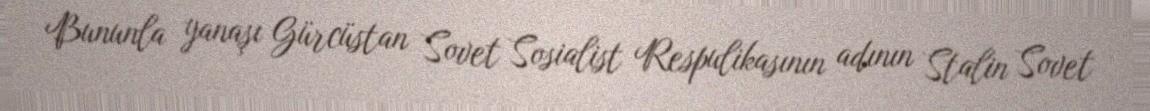
Bununla yanaşı Gürcüstan Sovet Sosialist Respulikasının adının Stalin Sovet